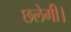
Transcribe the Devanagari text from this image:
छलेगी।